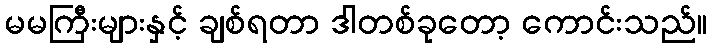
မမကြီးများနှင့် ချစ်ရတာ ဒါတစ်ခုတော့ ကောင်းသည်။